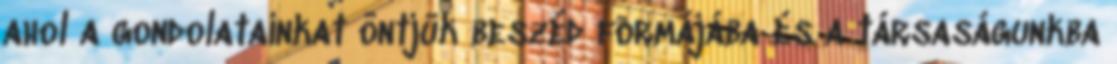
ahol a gondolatainkat öntjük beszéd formájába és a társaságunkba